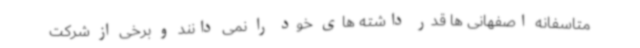
متاسفانه اصفهانی ها قدر داشته های خود را نمی دانند و برخی از شرکت